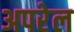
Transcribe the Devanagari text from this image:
अपरेल